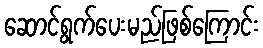
ဆောင်ရွက်ပေးမည်ဖြစ်ကြောင်း